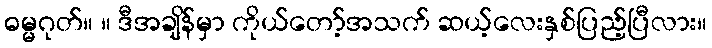
ဓမ္မဂုတ်။ ။ ဒီအချိန်မှာ ကိုယ်တော့်အသက် ဆယ့်လေးနှစ်ပြည့်ပြီလား။